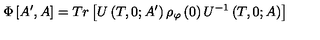
\Phi \left[ A ^ { \prime } , A \right] = T r \left[ U \left( T , 0 ; A ^ { \prime } \right) \rho _ { \varphi } \left( 0 \right) U ^ { - 1 } \left( T , 0 ; A \right) \right]